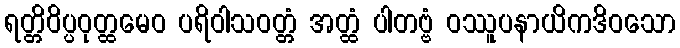
ရတ္တိဝိပ္ပဝုတ္ထမေဝ ပရိဝါသဝတ္တံ အတ္ထံ ပါတဗ္ဗံ ဝဿူပနာယိကဒိဝသော